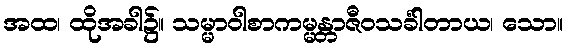
အထ၊ ထိုအခါ၌။ သမ္မာဝါစာကမ္မန္တာဇီဝသင်္ခါတာယ၊ သော။